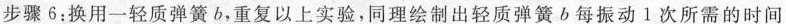
步骤6：换用一轻质弹簧b，重复以上实验，同理绘制出轻质弹簧b每振动1次所需的时间